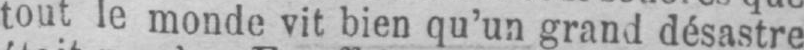
tout le monde vit bien qu’un grand désastre